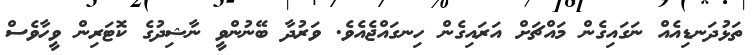
ތަޅުދަނޑިއެއް ނަގައިގެން މައްޗަށް އަރައިގެން ހިނގައްޖެއެވެ. ވަރުދާ ބޭނުންވީ ނާޝިދުގެ ކޮޓަރިން ވީހާވެސް